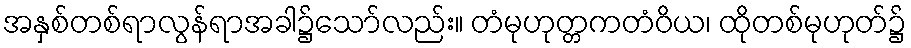
အနှစ်တစ်ရာလွန်ရာအခါ၌သော်လည်း။ တံမုဟုတ္တကတံဝိယ၊ ထိုတစ်မုဟုတ်၌